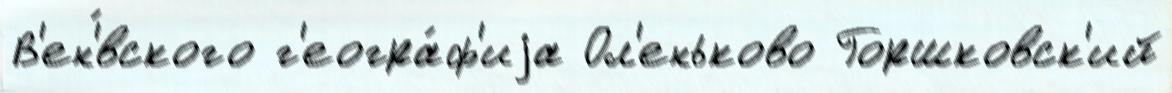
В'ен'́вского г'еогра́ф'иjа Ол'еньково Горшковск'ий